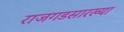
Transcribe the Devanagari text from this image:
राजगडसारख्या